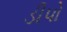
ડીપો